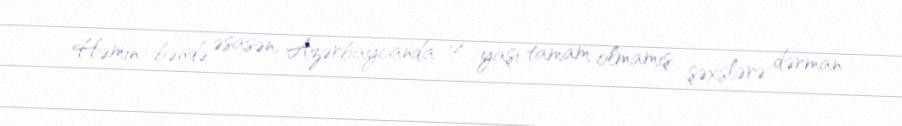
Həmin bəndə əsasən, Azərbaycanda 14 yaşı tamam olmamış şəxslərə dərman